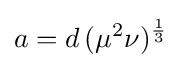
a=d\,(\mu ^{2}\nu )^{\frac {1}{3}}\,\!